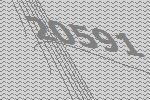
20591